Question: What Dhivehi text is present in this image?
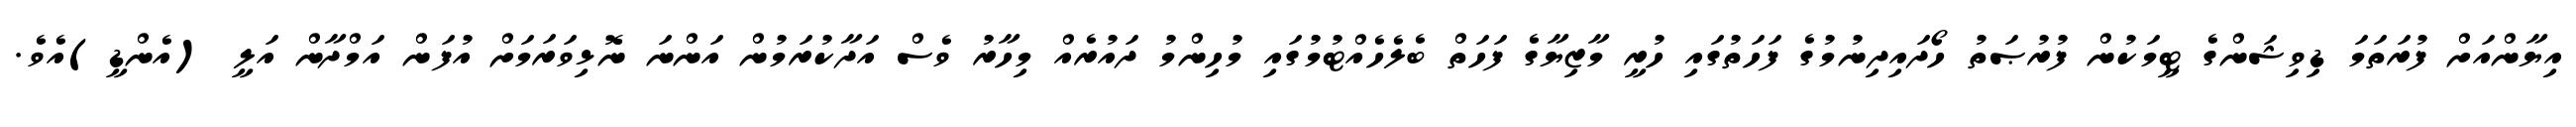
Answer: އިޔާންއަށް ފުރަތަމަ ޑިވިޝަންގެ ޓީމަކުން ފުރުޞަތު ހޯދައިދިނުމުގެ ފަހަތުގައި ހުރީ މާޒިޔާގެ ފަހަތް ބެލެހެއްޓުމުގައި މުހިންމު ދައުރެއް މިހާރު ވެސް އަދާކުރަމުން އަންނަ ނޮޅިވަރަމަށް އުފަން އަމްދާން އަލީ (އެންޑީ)އެވެ.